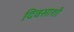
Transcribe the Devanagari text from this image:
दिवसाशी